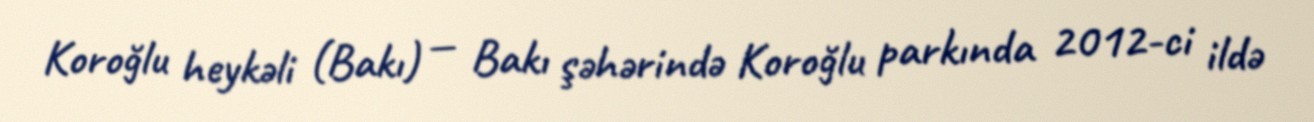
Koroğlu heykəli (Bakı) — Bakı şəhərində Koroğlu parkında 2012-ci ildə